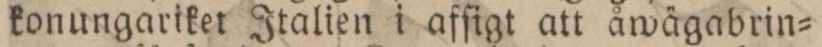
konungariket Italien i afſigt att åwägabrin=